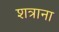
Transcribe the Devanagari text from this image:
शत्राना